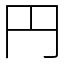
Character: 円